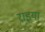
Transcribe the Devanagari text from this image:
राइया